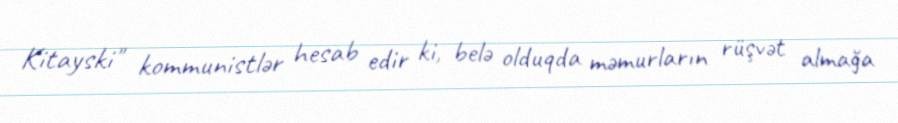
Kitayski" kommunistlər hesab edir ki, belə olduqda məmurların rüşvət almağa